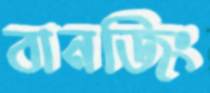
বানজিং